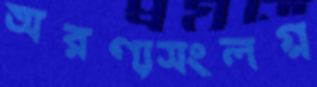
অরণ্যসংলগ্ন